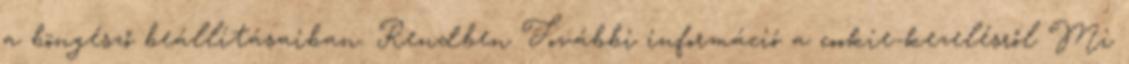
a böngésző beállításaiban. Rendben További információ a cookie-kezelésről Mi